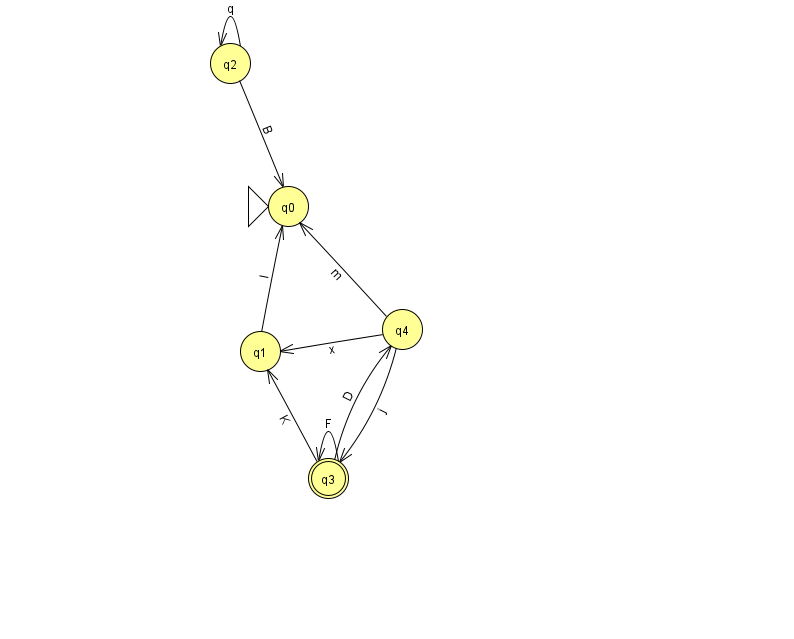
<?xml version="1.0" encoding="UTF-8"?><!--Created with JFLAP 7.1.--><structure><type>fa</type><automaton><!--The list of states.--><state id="0" name="q0"><x>288.0</x><y>193.0</y><initial/></state><state id="1" name="q1"><x>260.0</x><y>338.0</y></state><state id="2" name="q2"><x>230.0</x><y>50.0</y></state><state id="3" name="q3"><x>328.0</x><y>465.0</y><final/></state><state id="4" name="q4"><x>402.0</x><y>316.0</y></state><!--The list of transitions.--><transition><from>4</from><to>3</to><read>j</read></transition><transition><from>2</from><to>2</to><read>q</read></transition><transition><from>3</from><to>1</to><read>K</read></transition><transition><from>3</from><to>3</to><read>F</read></transition><transition><from>2</from><to>0</to><read>B</read></transition><transition><from>4</from><to>1</to><read>x</read></transition><transition><from>1</from><to>0</to><read>l</read></transition><transition><from>3</from><to>4</to><read>D</read></transition><transition><from>4</from><to>0</to><read>m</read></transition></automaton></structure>